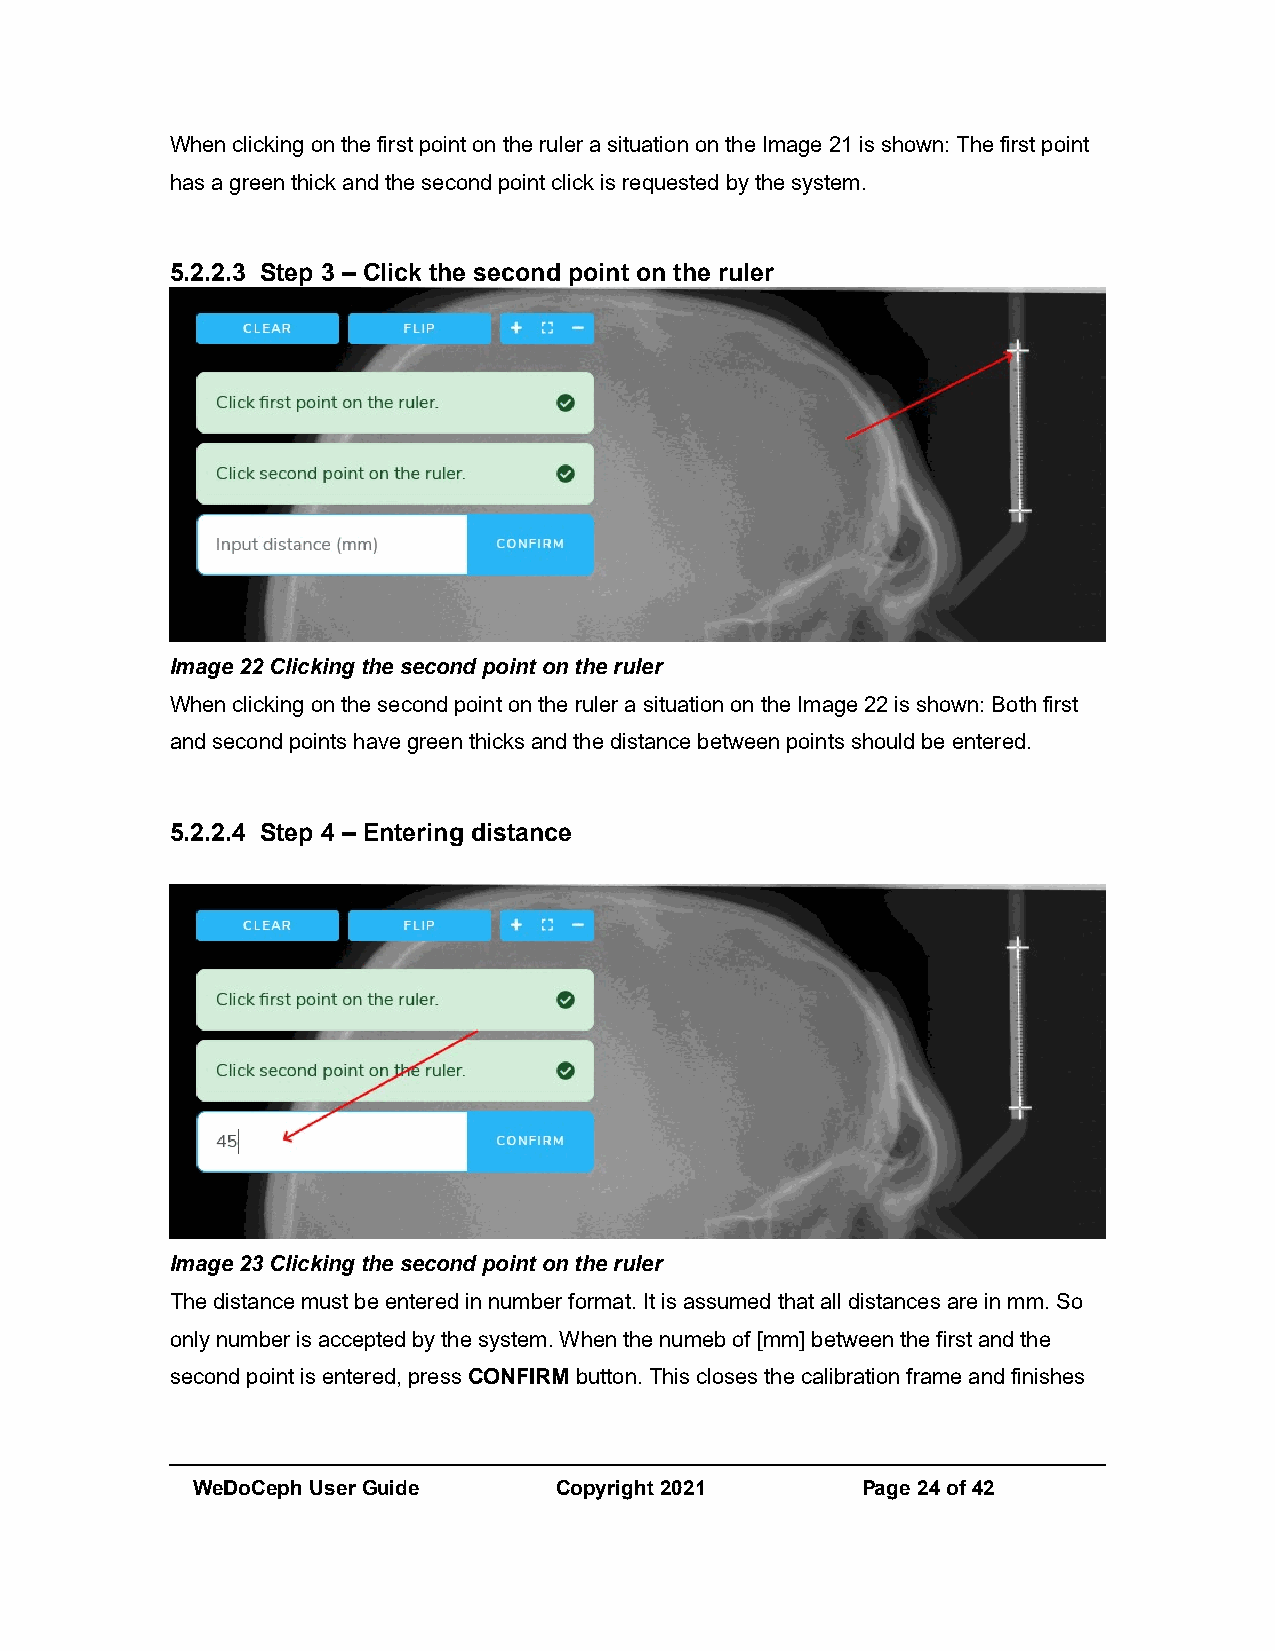
When clicking on the first point on the ruler a situation on the Image 21 is shown: The first point
 has a green thick and the second point click is requested by the system.
 5.2.2.3 Step 3 – Click the second point on the ruler
 Image 22 Clicking the second point on the ruler
 When clicking on the second point on the ruler a situation on the Image 22 is shown: Both first
 and second points have green thicks and the distance between points should be entered.
 5.2.2.4 Step 4 – Entering distance
 Image 23 Clicking the second point on the ruler
 The distance must be entered in number format. It is assumed that all distances are in mm. So
 only number is accepted by the system. When the numeb of [mm] between the first and the
 second point is entered, press CONFIRM button. This closes the calibration frame and finishes
 WeDoCeph User Guide     Copyright 2021      Page 24 of 42